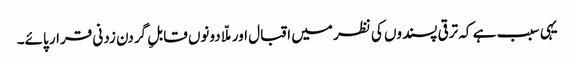
یہی سبب ہے کہ ترقی پسندوں کی نظر میں اقبال اور ملّا دونوں قابلِ گردن زدنی قرار پائے۔